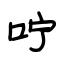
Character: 咛